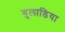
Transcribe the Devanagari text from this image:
गुलाडिया